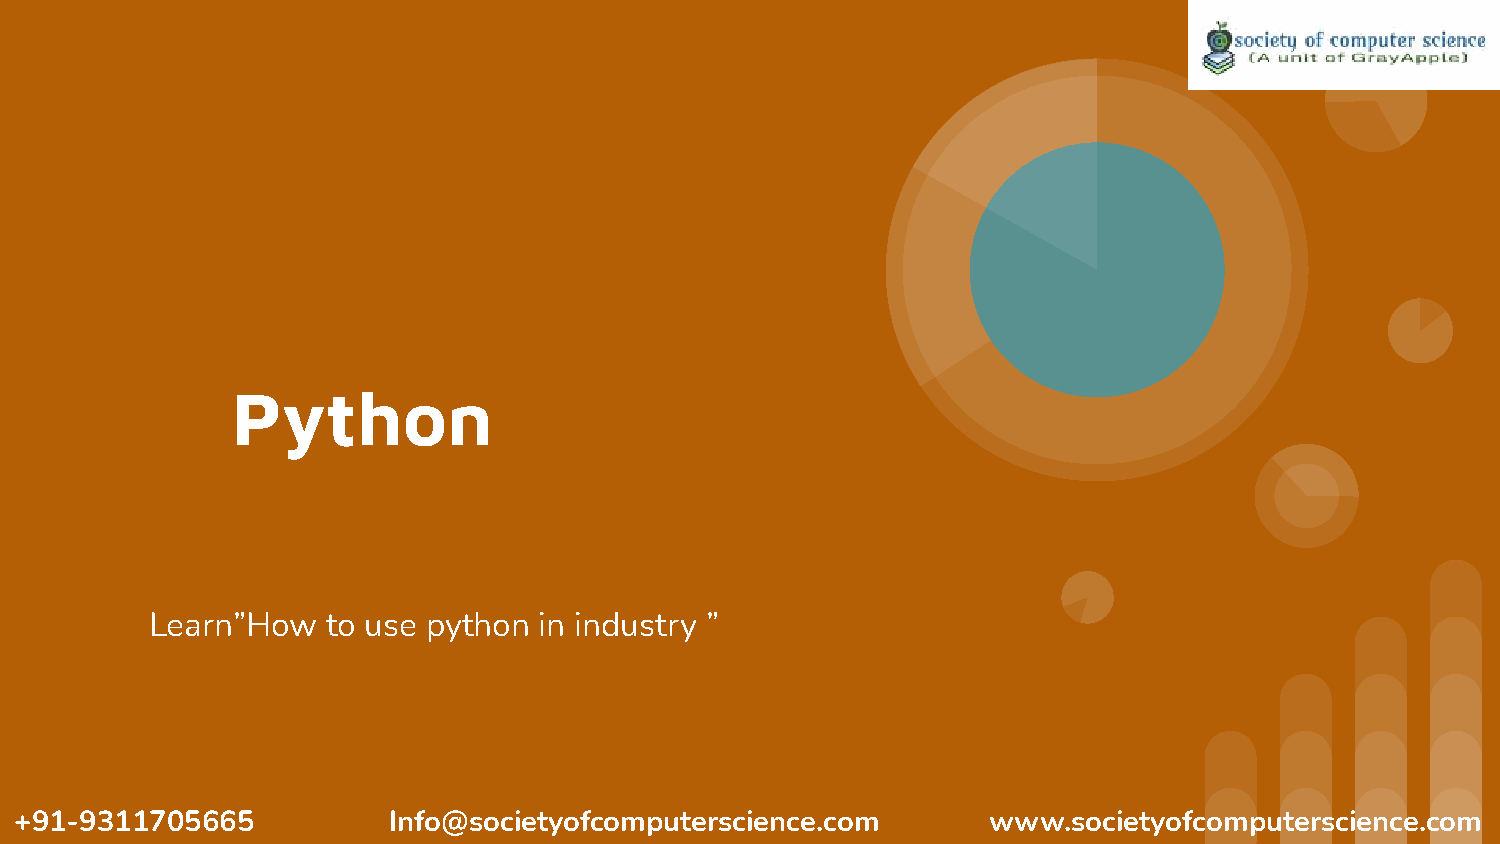
Python
 Learn”How   to use python in industry ”
 +91-9311705665           Info@societyofcomputerscience.com      www.societyofcomputerscience.com